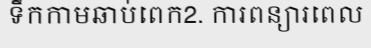
ទឹកកាមឆាប់ពេក2. ការពន្យារពេល